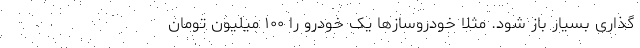
‌گذاری بسیار باز شود. مثلا خودروسازها یک خودرو را ۱۰۰ میلیون تومان